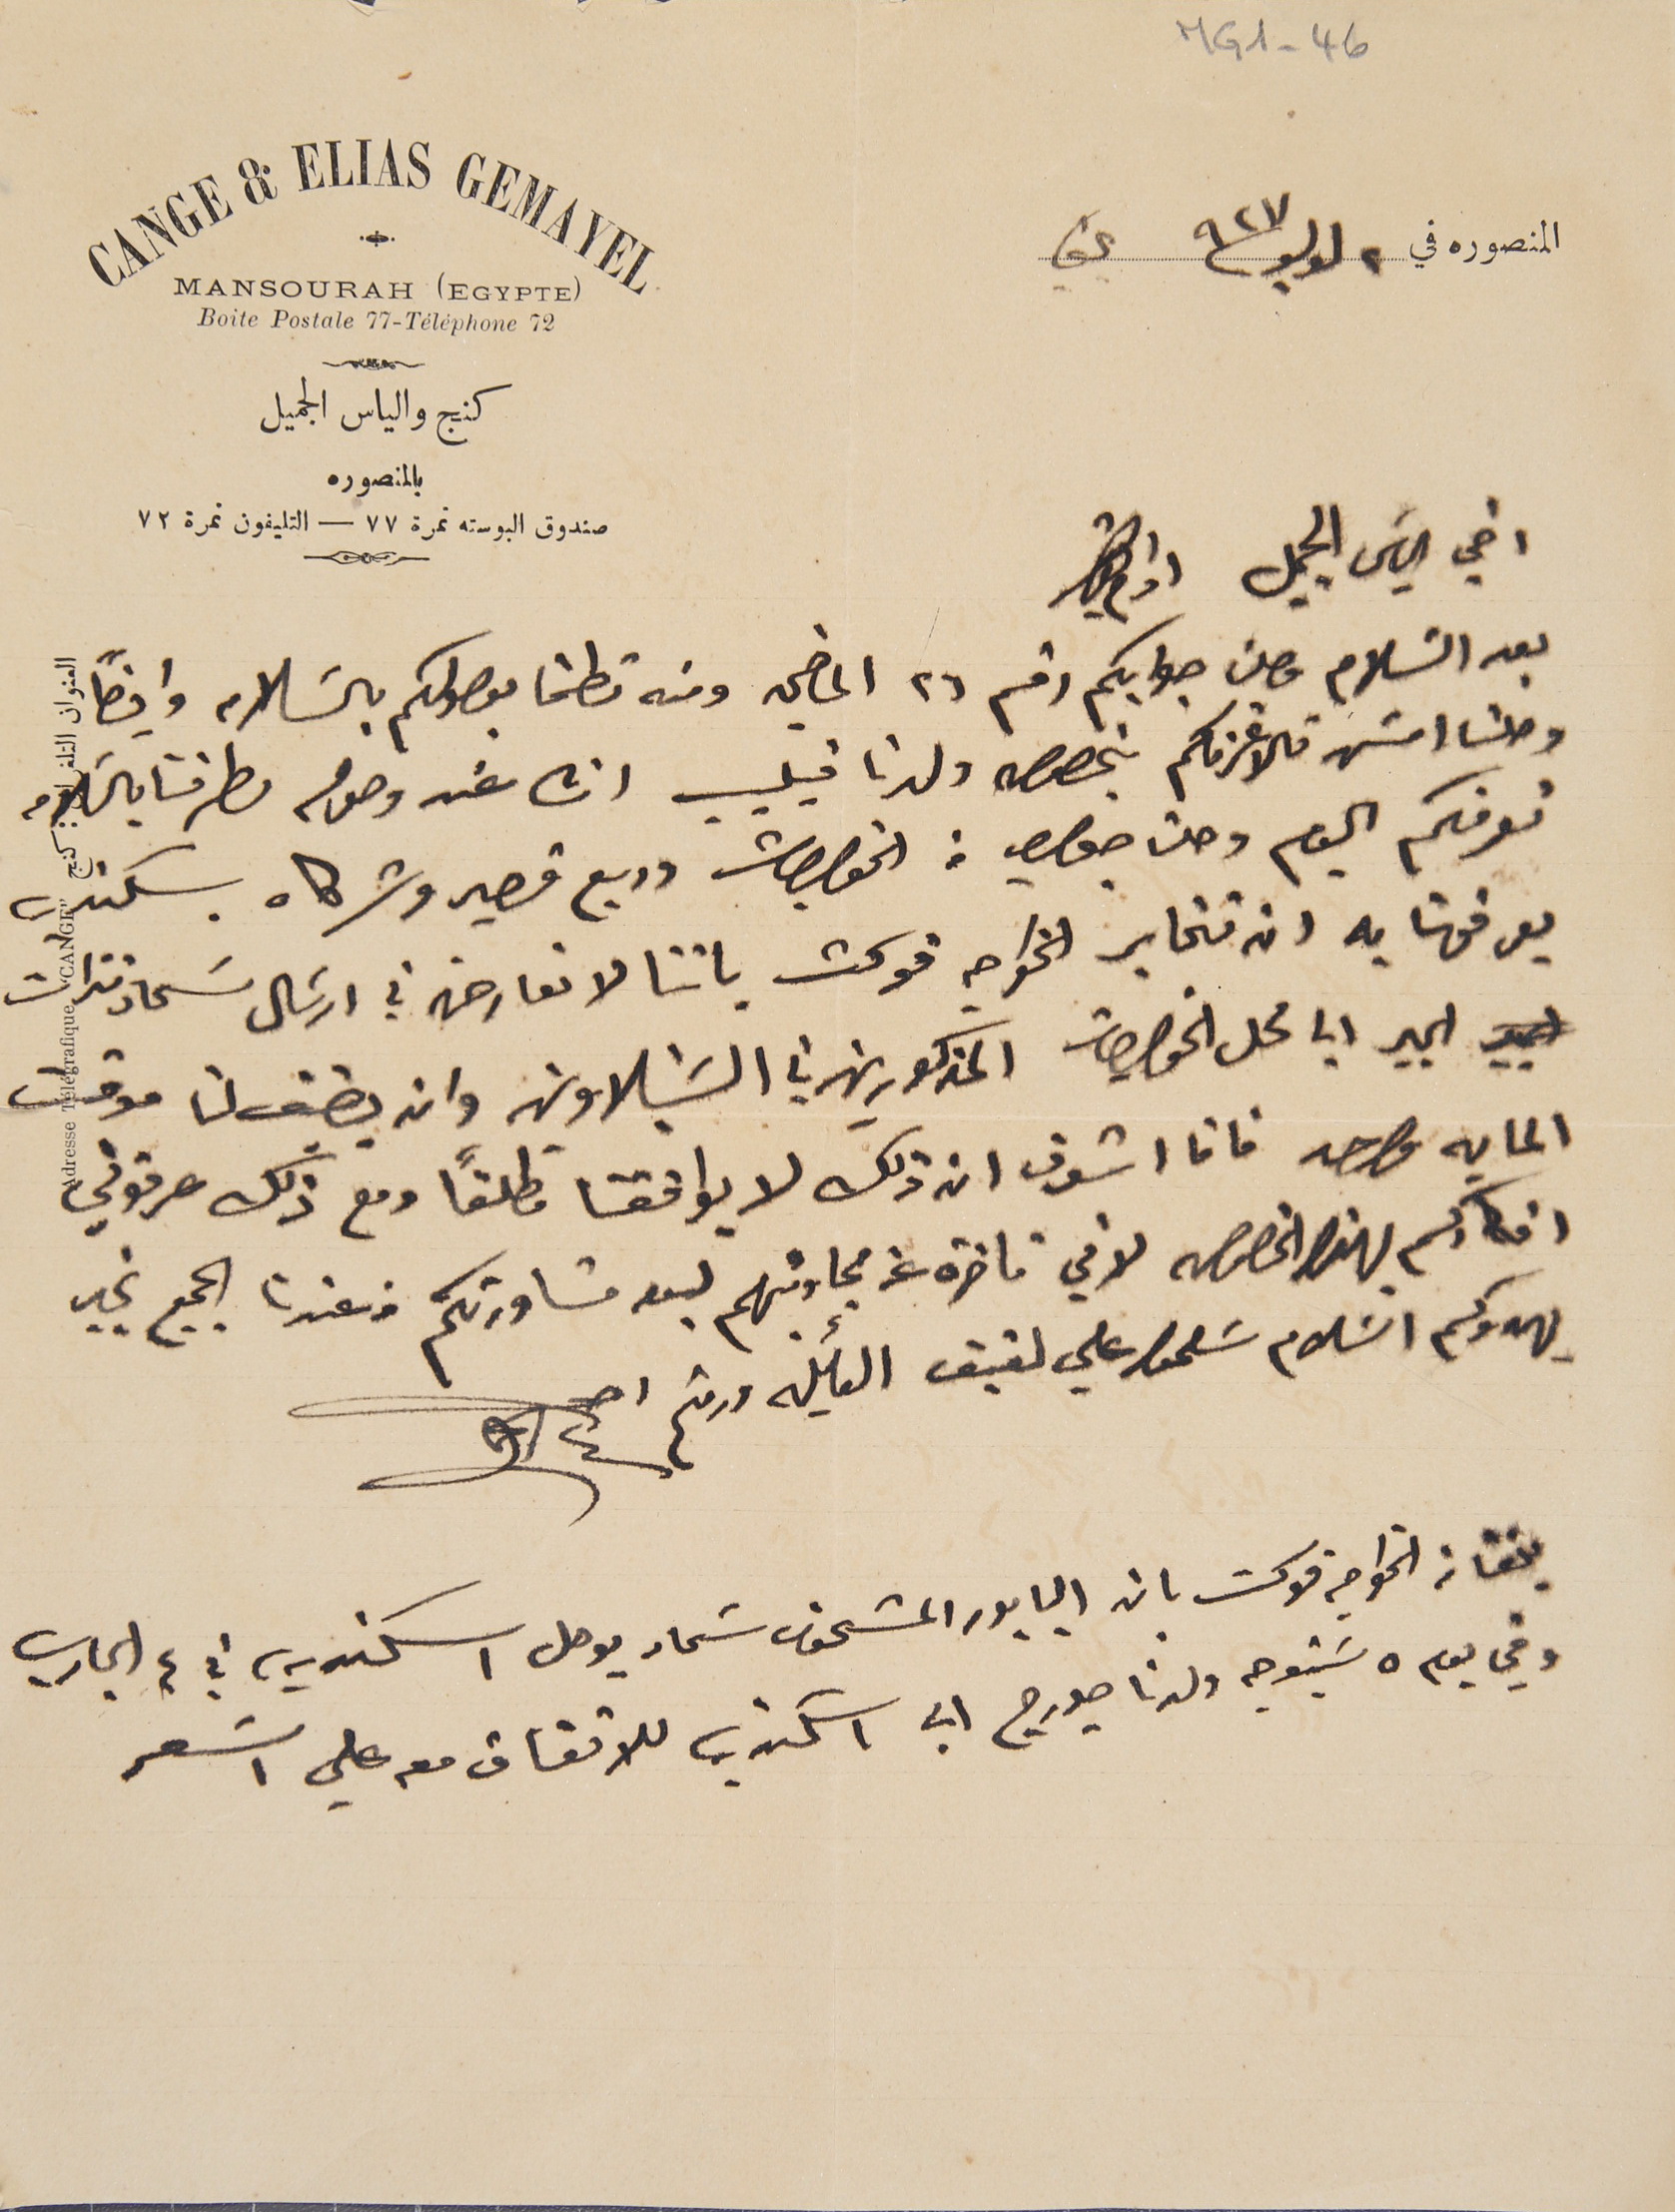
MG1-46
المنصوره في ٢ لوليو ٩٢٧ بكفيا
اخي الياسَ الجميل ادام بقاك
بعد السَلام وصلني جوابكم رقم ٦٢ الماضي ومنه تطمنا بوصولكم بالسَلام وايضاً
وصلنا امسَ تالاغرفكم بخصوص ولدنا فيليب انشالله وصوله لطرفنا بالسلامه
نعرفكم اليوم وصلنا جواب من الخواجات وديع قصير وشركاه بسكندريه
يعرفونا به ان نخابر الخواجه فوكت باننا لا نعارض في ارسَال سَماد نترات
الجير الي محل الخواجات المذكورين في الشبلاون وان يضيف لنا موقت
المايه واحد فانا اشوف ان ذلك لا يوافقنا مطلقاً ومع ذلك عرفوني
افكاركم بهذا الخصوص لاني تأخرة عن مجاوبتهم لبعد مشاورتكم من عندنا الجميع بخير
يهدوكم السَلام سَلموا علي لفيف العائِلة ودمتم
بلغنا من الخواجه فوكت بان البابور المشحون سَماد يوصل اسكندريه، في ٤ الجاري
وفي يوم ٥ سَيتوجه ولدنا جورج الي اسكندريه للاتفاق معه علي السَعر
CANGE & ELIAS
 GEMAYEL
MANSOURAH (EGYPTE)
Boite Postale 77-Téléphone 72
كنج والياس الجميل
بالمنصوره
صندوق البوسته نمرة ٧٧ – التليفون نمرة ٧٢